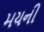
મયની